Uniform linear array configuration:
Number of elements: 16
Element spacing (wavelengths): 0.75
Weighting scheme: kaiser
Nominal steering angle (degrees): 15
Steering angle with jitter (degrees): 13.404
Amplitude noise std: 0.05
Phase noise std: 0.05

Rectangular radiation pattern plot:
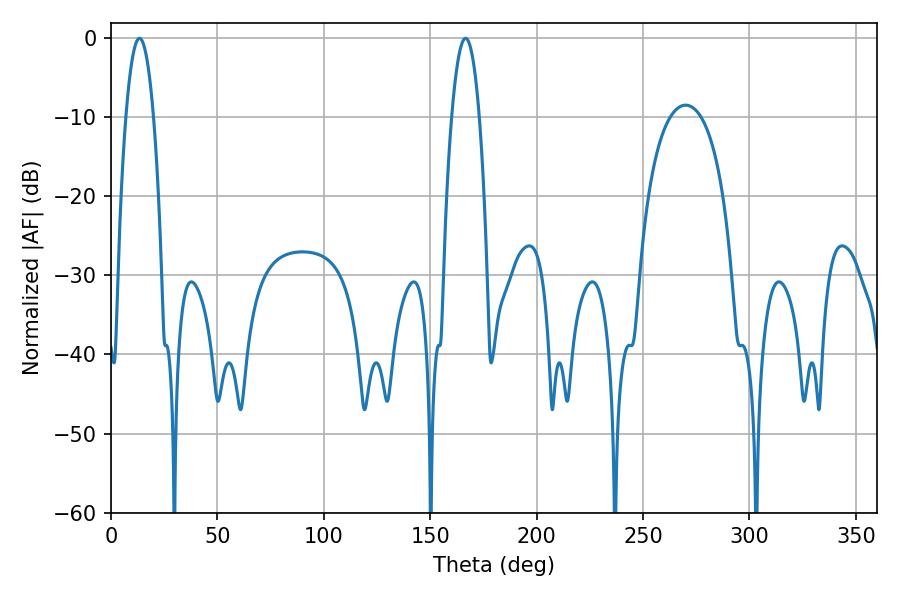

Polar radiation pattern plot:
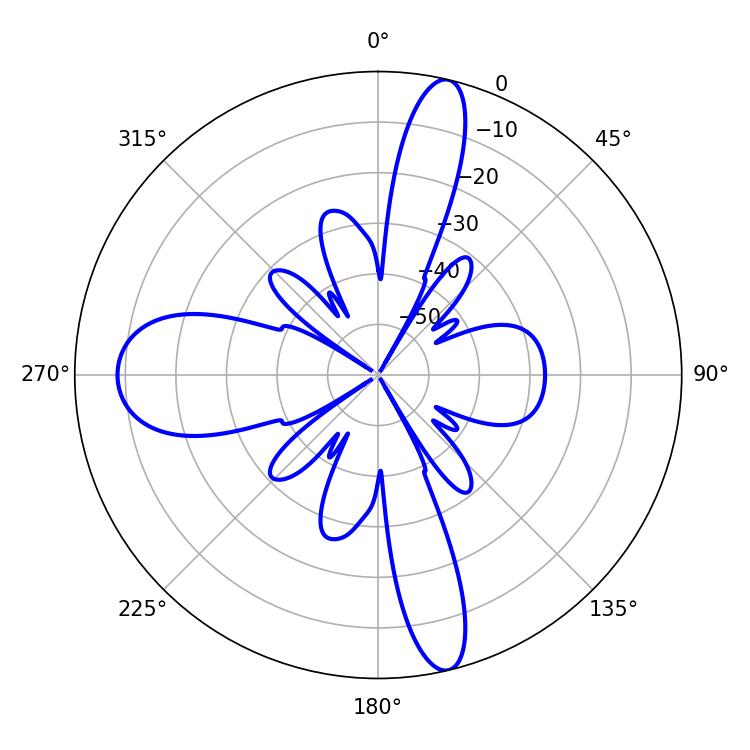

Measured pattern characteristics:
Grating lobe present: TRUE
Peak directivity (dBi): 21.85
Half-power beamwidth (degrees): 7.02
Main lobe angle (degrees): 13.32